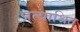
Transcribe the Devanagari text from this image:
प्रत्याश्रित